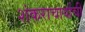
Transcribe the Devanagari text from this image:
शंकराचार्याची